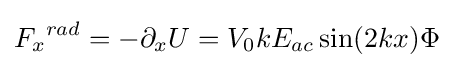
{F_{x}}^{rad}=-{\partial _{x}}U={V_{0}}k{E_{ac}}\sin(2kx)\Phi